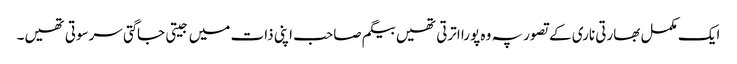
ایک مکمل بھارتی ناری کے تصور پہ وہ پورا اترتی تھیں بیگم صاحب اپنی ذات میں جیتی جاگتی سرسوتی تھیں۔